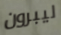
ليبرون